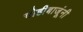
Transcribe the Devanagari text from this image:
चोहीबाजूंनी